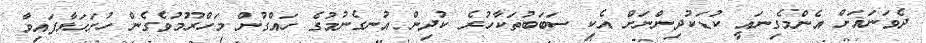
ދެވަނައަށް އެންމެގިނައީ ކުޑަކުދިންނަށް އެކި ސަބަބުތަކާހުރެ ކުދިން އުނގެނުމުގެ ހައްގުން މަހްރޫމުވެގެން ހުށަހަޅާފައިވާ